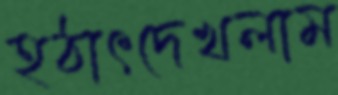
হঠাৎদেখলাম